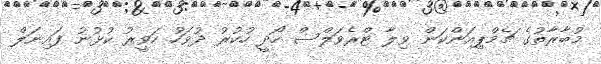
މުބާރާތުގެ ޗެމްޕިއަންކަން ވިލާ ޓްރެވަލްސް ހޯދީ ހުކުރު ދުވަހު ހަވީރު ކުޅުނު ފައިނަލް